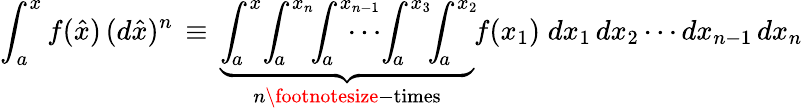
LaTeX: \int_{a}^{x}f(\hat{x})\, (d\hat{x})^{n}\, \equiv\, \underbrace{\int_{\! a}^{x}\! \int_{\! a}^{x_{n}}\! \! \int_{\! a}^{x_{n-1}}\! \! \! \! \! \! \! \! \cdots\! \int_{\! a}^{x_{3}}\! \! \int_{\! a}^{x_{2}}\! }_{n\mathrm{\footnotesize-times}}f(x_{1})\; dx_{1}\, dx_{2}\cdots dx_{n-1}\, dx_{n}